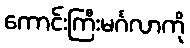
ကောင်းကြီးမင်္ဂလာကို